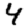
Digit: 4